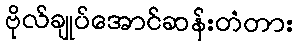
ဗိုလ်ချုပ်အောင်ဆန်းတံတား